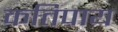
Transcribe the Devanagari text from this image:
कतिपाय